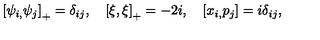
\left[ \psi _ { i , } \psi _ { j } \right] _ { + } = \delta _ { i j } , \quad \left[ \xi , \xi \right] _ { + } = - 2 i , \quad \left[ x _ { i , } p _ { j } \right] = i \delta _ { i j } ,